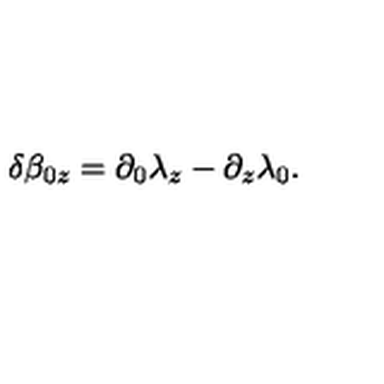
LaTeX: \delta \beta _ { 0 z } = \partial _ { 0 } \lambda _ { z } - \partial _ { z } \lambda _ { 0 } .